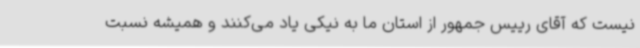
نیست که آقای رییس جمهور از استان ما به نیکی یاد می‌کنند و همیشه نسبت